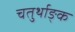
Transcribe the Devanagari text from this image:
चतुर्थाङ्क